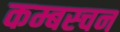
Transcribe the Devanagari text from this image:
कम्बस्चन